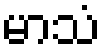
မာသံ